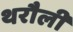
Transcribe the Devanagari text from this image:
थरौली